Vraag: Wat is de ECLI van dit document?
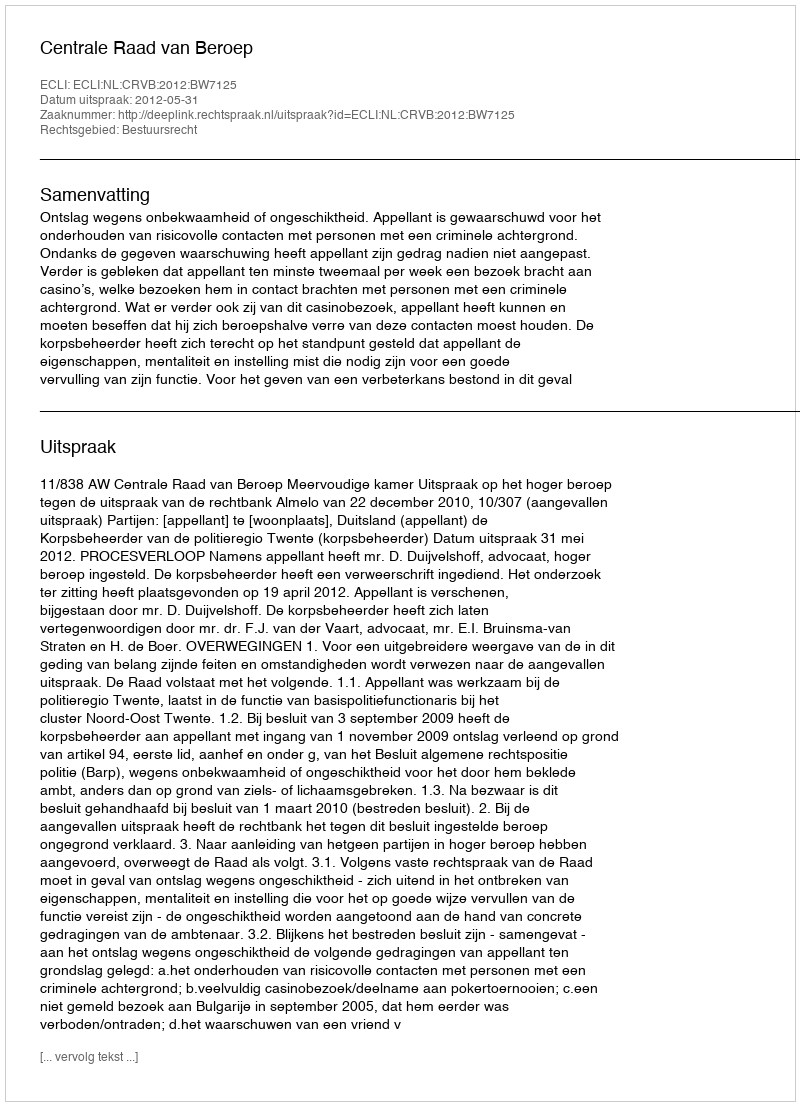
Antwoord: ECLI:NL:CRVB:2012:BW7125